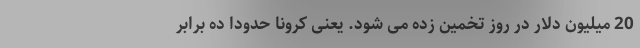
20 میلیون دلار در روز تخمین زده می شود. یعنی کرونا حدوداً ده برابر